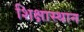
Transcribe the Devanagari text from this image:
शिक्षास्थान